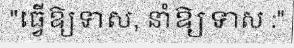
"ធ្វើឱ្យទាស, នាំឱ្យទាស :"